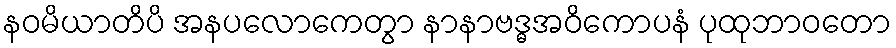
နဝမိယာတိပိ အနပလောကေတွာ နာနာဗဒ္ဓအဝိကောပနံ ပုထုဘာဝတော